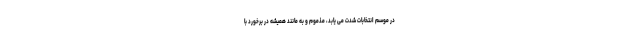
در موسم انتخابات شدت می یابد، مذموم و به مانند همیشه در برخورد با